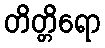
တိတ္တိရော